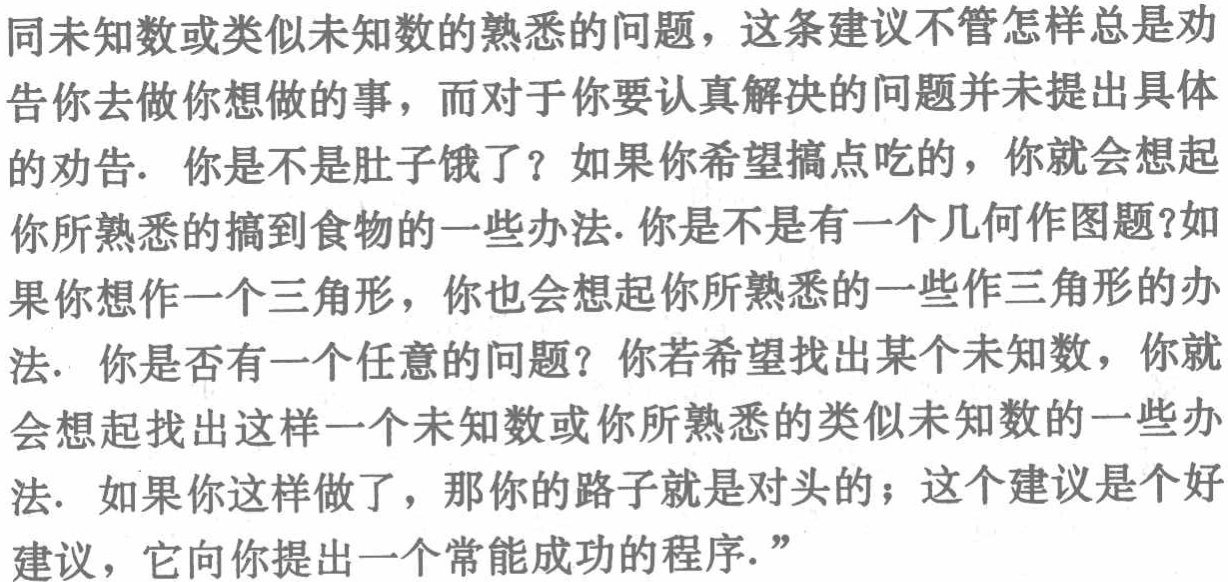
同未知数或类似未知数的熟悉的问题，这条建议不管怎样总是劝告你去做你想做的事，而对于你要认真解决的问题并未提出具体的劝告. 你是不是肚子饿了？如果你希望搞点吃的，你就会想起你所熟悉的搞到食物的一些办法. 你是不是有一个几何作图题？如果 你想作一个三角形，你也会想起你所熟悉的一些作三角形的办法. 你是否有一个任意的问题？你若希望找出某个未知数，你就会想起找出这样一个未知数或你所熟悉的类似未知数的一些办法. 如果 你这样做了，那你的路子就是对头的；这个建议是个好建议，它向你提出一个常能成功的程序.”